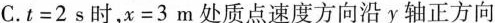
C.$$t = 2$$s时，$$x = 3$$m处质点速度方向沿y轴正方向